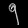
Digit: ၅